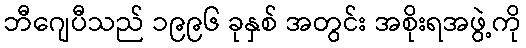
ဘီဂျေပီသည် ၁၉၉၆ ခုနှစ် အတွင်း အစိုးရအဖွဲ့ကို